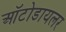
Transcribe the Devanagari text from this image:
ऑटोडायलर